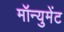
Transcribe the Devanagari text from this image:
मॉन्युमेंट